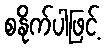
စနိုက်ပါဖြင့်